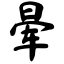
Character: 晕